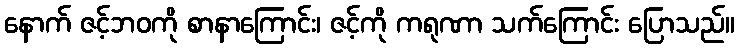
နောက် ဇင့်ဘဝကို စာနာကြောင်း၊ ဇင့်ကို ကရုဏာ သက်ကြောင်း ပြောသည်။